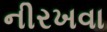
નીરખવા